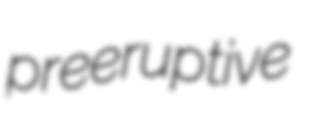
preeruptive